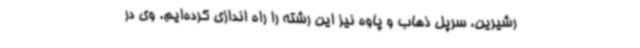
رشیرین، سرپل ذهاب و پاوه نیز این رشته را راه اندازی کرده‌ایم. وی در